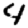
Digit: 4